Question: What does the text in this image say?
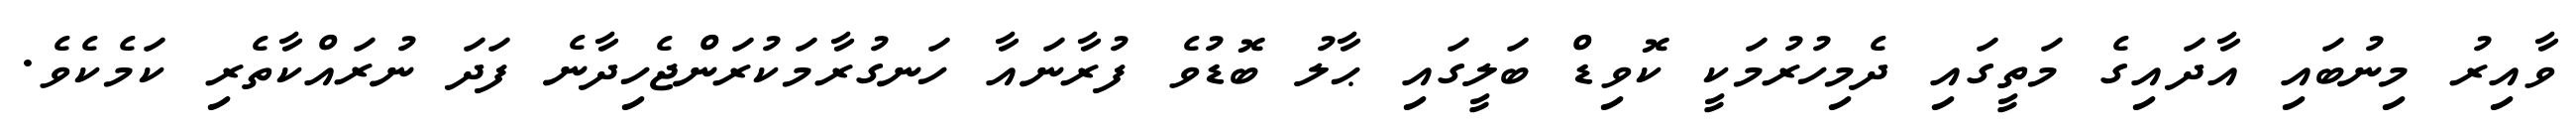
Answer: ވާއިރު މިނުބައި އާދައިގެ މަތީގައި ދެމިހުރުމަކީ ކޮވިޑް ބަލީގައި ޙާލު ބޮޑުވެ ފުރާނައާ ހަނގުރާމަކުރަންޖެހިދާނެ ފަދަ ނުރައްކާތެރި ކަމެކެވެ.